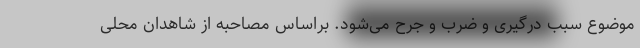
موضوع سبب درگیری و ضرب و جرح می‌شود. براساس مصاحبه از شاهدان محلی